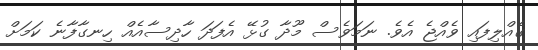
ގެއްލިފައި ވެއްޖެ އެވެ. ނަމަވެސް މޫދާ ގުޅޭ އެފަދަ ހާދިސާއެއް ހިނގާފާނެ ކަމަށް